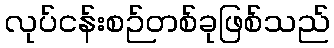
လုပ်ငန်းစဉ်တစ်ခုဖြစ်သည်